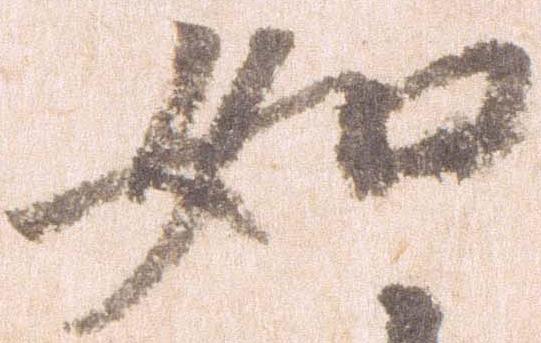
如